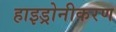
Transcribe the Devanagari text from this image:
हाइड्रोनीकरण